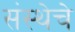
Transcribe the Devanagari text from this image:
संस्‍थेचे